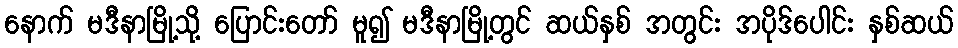
နောက် မဒီနာမြို့သို့ ပြောင်းတော် မူ၍ မဒီနာမြို့တွင် ဆယ်နှစ် အတွင်း အပိုဒ်ပေါင်း နှစ်ဆယ်